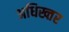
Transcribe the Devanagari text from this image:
अधिख्तर